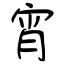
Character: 宵